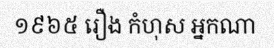
១៩៦៥ រឿង កំហុស អ្នកណា